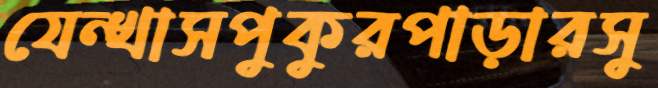
যেন্খাসপুকুরপাড়ারসু